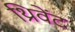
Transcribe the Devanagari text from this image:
थ्रिवेंट